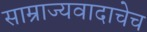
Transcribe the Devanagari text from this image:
साम्राज्यवादाचेच